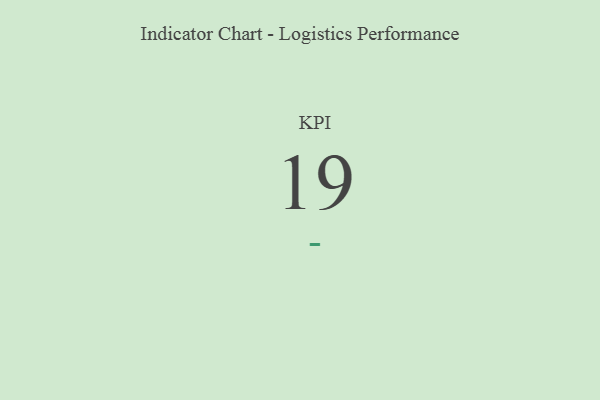
{"axis": {"x": "KPI", "y": "Value"}, "legend": [""], "data": [{"x": "KPI", "y": 19, "type": ""}]}